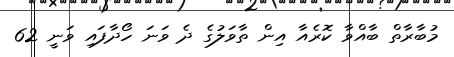
މުބާރާތް ބާއްވާ ކޮރެއާ އިން ތާވަލުގެ ދެ ވަނަ ހޯދާފައި ވަނީ 62